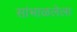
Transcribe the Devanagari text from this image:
सांभाळलेला